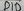
Text: D4